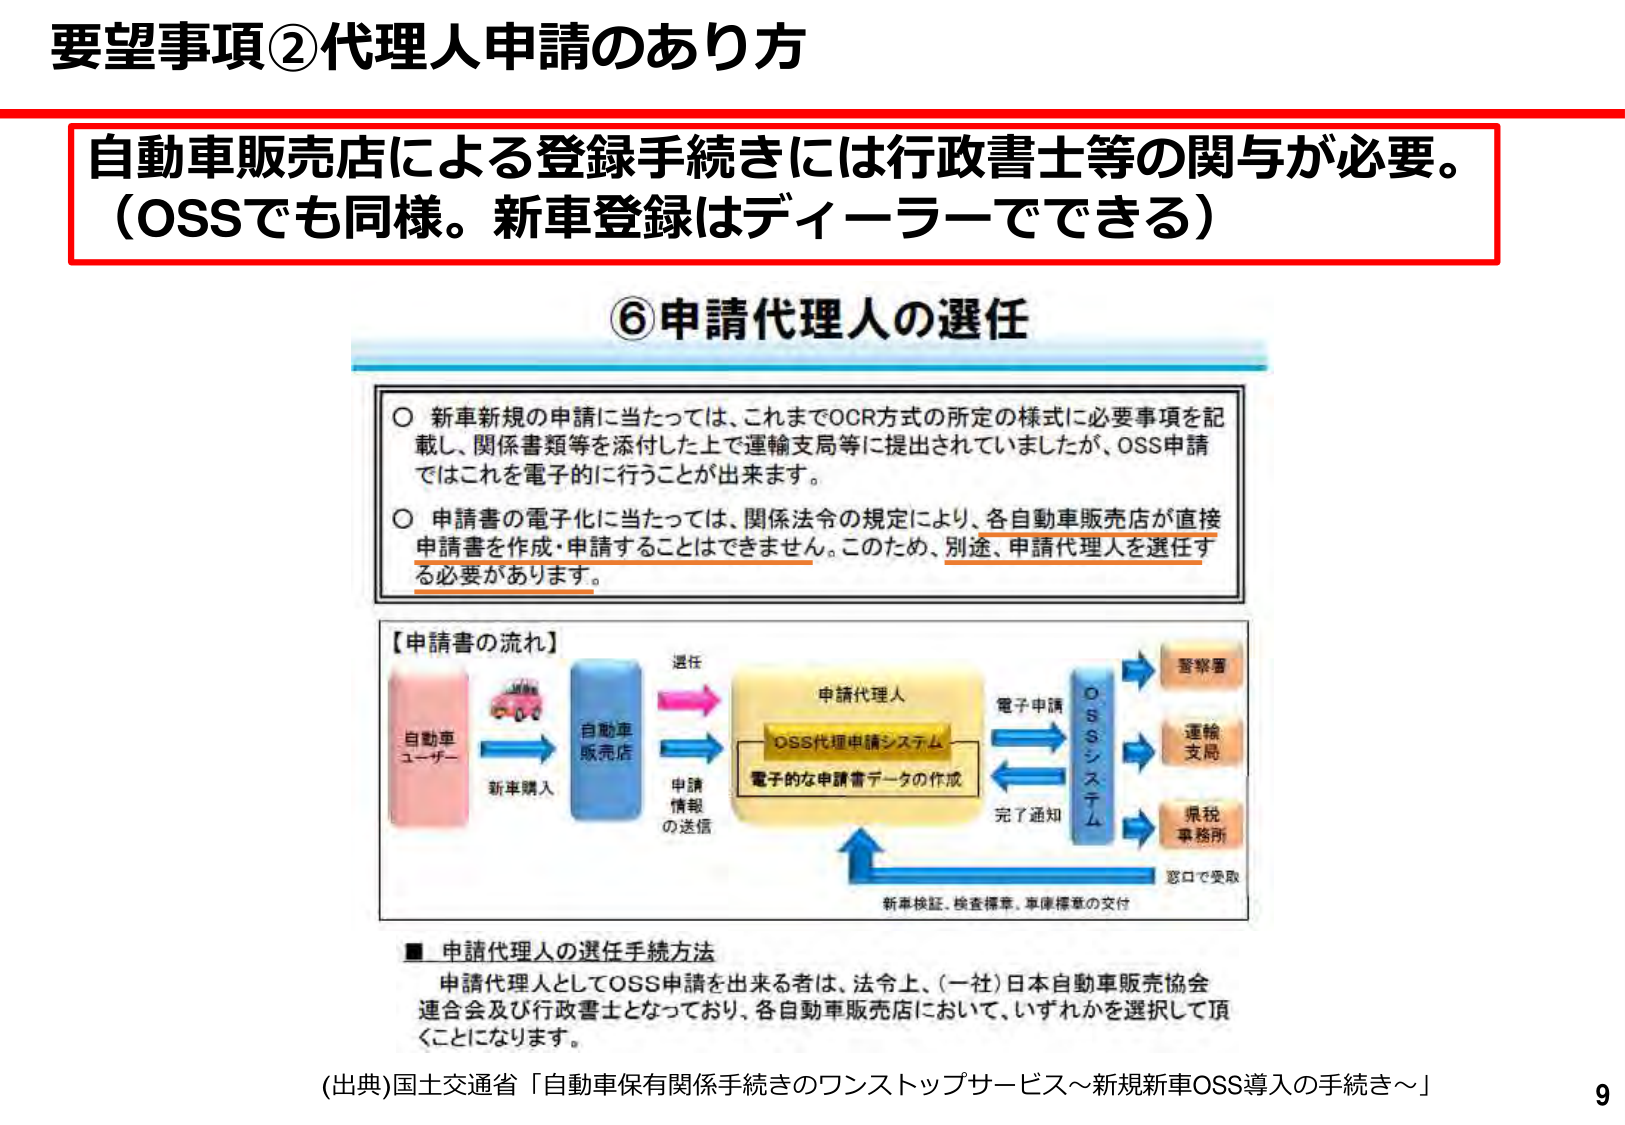
要望事項②代理人申請のあり方

自動車販売店による登録手続きには行政書士等の関与が必要。
（OSSでも同様。新車登録はディーラーでできる）

⑥申請代理人の選任

○ 新車新規の申請に当たっては、これまでOCR方式の所定の様式に必要事項を記載し、関係書類等を添付した上で運輸支局等に提出されていましたが、OSS申請ではこれを電子的に行うことが出来ます。

○ 申請書の電子化に当たっては、関係法令の規定により、各自動車販売店が直接申請書を作成・申請することはできません。このため、別途、申請代理人を選任する必要があります。

【申請書の流れ】
自動車ユーザー → 新車購入 → 自動車販売店 → 申請情報の送信 → 選任 → 申請代理人 → OSS代理申請システム → 電子的な申請書データの作成 → 電子申請 → OSSシステム → 警察署、運輸支局、県税事務所 → 完了通知 → 窓口で受取 → 新車検証、検査標章、車庫標章の交付

■ 申請代理人の選任手続方法
申請代理人としてOSS申請を出来る者は、法令上、（一社）日本自動車販売協会連合会及び行政書士となっており、各自動車販売店において、いずれかを選択して頂くことになります。

(出典)国土交通省「自動車保有関係手続きのワンストップサービス～新規新車OSS導入の手続き～」
9